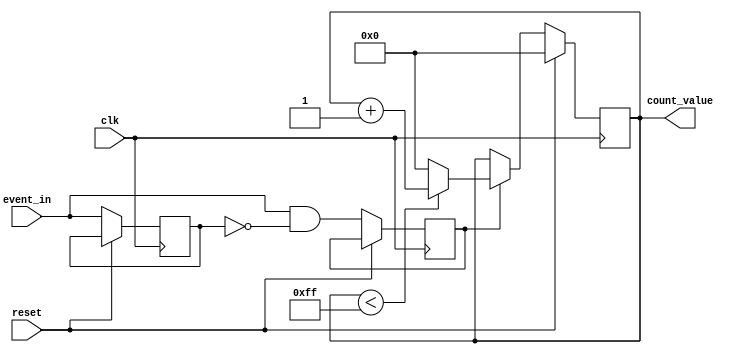
module EventCounter (
    input wire clk,              // Clock input
    input wire reset,            // Reset input
    input wire event_in,         // Event input to trigger counting
    output reg [7:0] count_value // Current count value (8-bit for example)
);

    // Parameters
    parameter MAX_COUNT = 8'hFF; // Maximum count value (255)

    // Internal signal for event detection
    reg event_detected;
    reg event_prev;

    // Synchronous event detection (rising edge)
    always @(posedge clk) begin
        if (reset) begin
            count_value <= 8'b0; // Reset count to zero
        end else begin
            // Detect rising edge of event input
            event_detected <= event_in & ~event_prev;
            event_prev <= event_in;

            // Increment count if event is detected
            if (event_detected) begin
                if (count_value < MAX_COUNT) begin
                    count_value <= count_value + 1; // Increment count
                end else begin
                    count_value <= 8'b0; // Wrap around to zero
                end
            end
        end
    end

endmodule